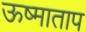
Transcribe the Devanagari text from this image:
ऊष्माताप